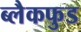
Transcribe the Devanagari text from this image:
ब्लैकफुड